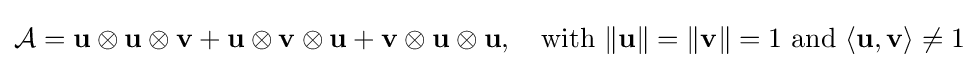
{\mathcal {A}}=\mathbf {u} \otimes \mathbf {u} \otimes \mathbf {v} +\mathbf {u} \otimes \mathbf {v} \otimes \mathbf {u} +\mathbf {v} \otimes \mathbf {u} \otimes \mathbf {u} ,\quad {\text{with }}\|\mathbf {u} \|=\|\mathbf {v} \|=1{\text{ and }}\langle \mathbf {u} ,\mathbf {v} \rangle \neq 1